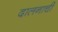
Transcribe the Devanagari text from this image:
दालनाची